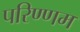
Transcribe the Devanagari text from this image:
परिण्णम